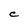
Character: C